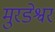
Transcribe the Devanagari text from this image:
मुरडेश्वर